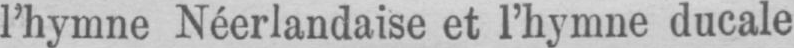
l’hymne Néerlandaise et l’hymne ducale